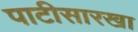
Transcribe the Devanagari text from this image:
पाटीसारखा